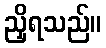
ညှိရသည်။